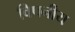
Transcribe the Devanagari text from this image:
विपनीय